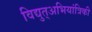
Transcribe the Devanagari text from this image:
विद्युत्अभियांत्रिकी